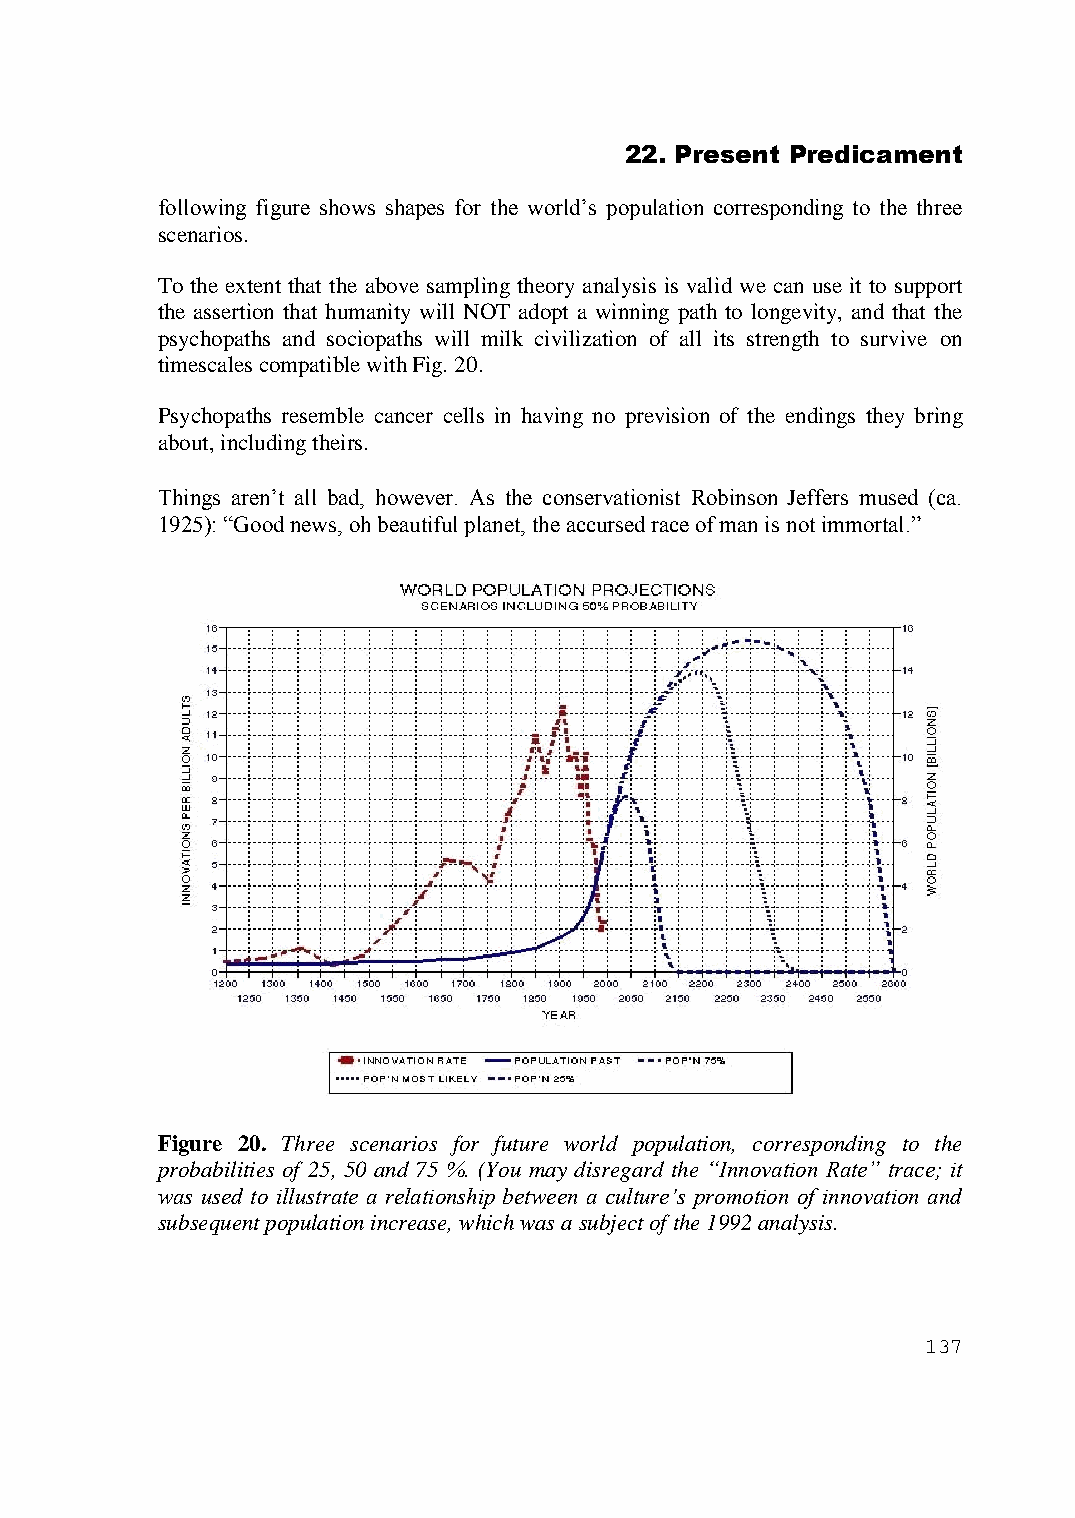
22. Present Predicament
 following figure shows shapes for the world’s population corresponding to the three
 scenarios.
 To the extent that the above sampling theory analysis is valid we can use it to support
 the assertion that humanity will NOT adopt a winning path to longevity, and that the
 psychopaths and sociopaths will milk civilization of all its strength to survive on
 timescales compatible with Fig. 20.
 Psychopaths resemble cancer cells in having no prevision of the endings they bring
 about, including theirs.
 Things aren’t all bad, however. As the conservationist Robinson Jeffers mused (ca.
 1925): “Good news, oh beautiful planet, the accursed race of man is not immortal.”
 Figure 20. Three scenarios for future world population, corresponding to the
 probabilities of 25, 50 and 75 %. (You may disregard the “Innovation Rate” trace; it
 was used to illustrate a relationship between a culture’s promotion of innovation and
 subsequent population increase, which was a subject of the 1992 analysis.
 137